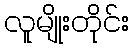
လူမျိုးတိုင်း